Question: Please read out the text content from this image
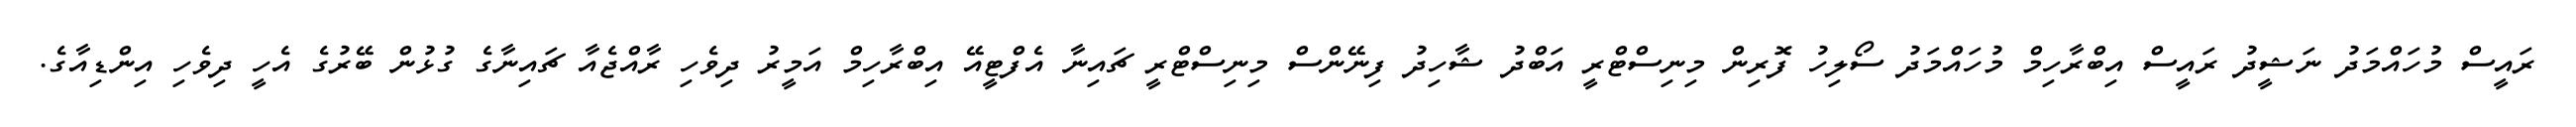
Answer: ރައީސް މުހައްމަދު ނަޝީދު ރައީސް އިބްރާހިމް މުހައްމަދު ސޯލިހު ފޮރިން މިނިސްޓްރީ އަބްދު ޝާހިދު ފިނޭންސް މިނިސްޓްރީ ޗައިނާ އެފްޓީއޭ އިބްރާހިމް އަމީރު ދިވެހި ރާއްޖެއާ ޗައިނާގެ ގުޅުން ބޭރުގެ އެހީ ދިވެހި އިންޑިއާގެ.